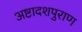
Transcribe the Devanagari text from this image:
अष्टादशपुराण